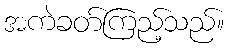
အကဲခတ်ကြည့်သည်။